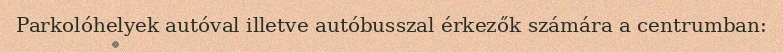
Parkolóhelyek autóval illetve autóbusszal érkezők számára a centrumban: